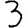
Digit: 3